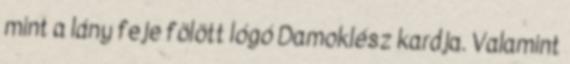
mint a lány feje fölött lógó Damoklész kardja. Valamint